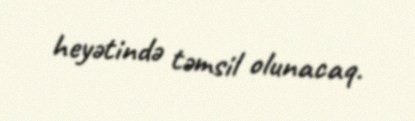
heyətində təmsil olunacaq.